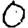
Digit: 0